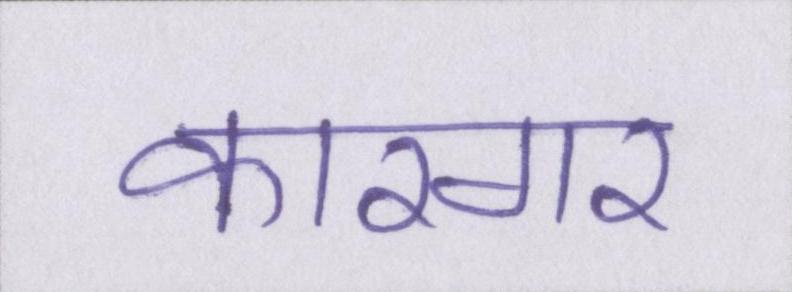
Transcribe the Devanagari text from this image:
कारगर